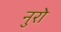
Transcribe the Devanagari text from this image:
नुरो